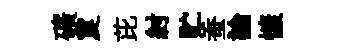
礦夐芘紂贮蚕論慷